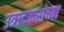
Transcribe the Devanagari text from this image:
उत्रादकरांच्या